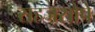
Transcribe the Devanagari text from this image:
सहजसोपे